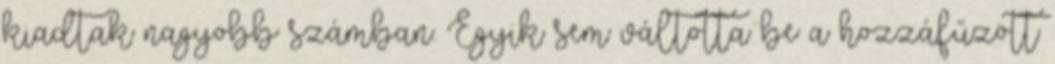
kiadtak nagyobb számban. Egyik sem váltotta be a hozzáfűzött